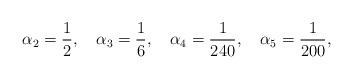
LaTeX: \begin{align*}\alpha_2 = \frac{1}{2}, \ \ \ \alpha_3 = \frac{1}{6}, \ \ \ \alpha_4 = \frac{1}{240}, \ \ \ \alpha_5 = \frac{1}{200},\end{align*}